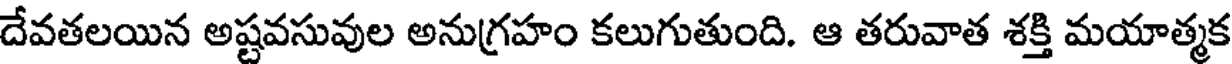
దేవతలయిన అష్టవసువుల అనుగ్రహం కలుగుతుంది. ఆ తరువాత శక్తి మయాత్మక